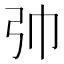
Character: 𢎭